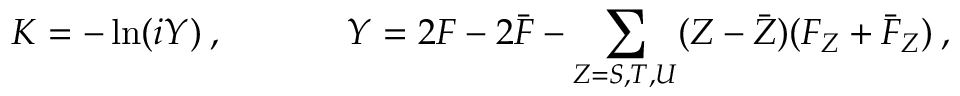
K = - \ln ( i Y ) \: , ~ ~ ~ ~ ~ ~ ~ ~ ~ ~ Y = 2 F - 2 \bar { F } - { \sum _ { Z = S , T , U } } ( Z - \bar { Z } ) ( F _ { Z } + \bar { F } _ { Z } ) \: ,